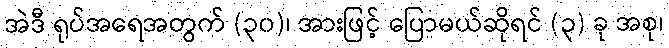
အဲဒီ ရုပ်အရေအတွက် (၃၀)၊ အားဖြင့် ပြောမယ်ဆိုရင် (၃) ခု အစု၊